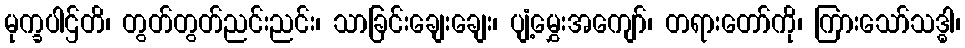
မုက္ခပါဌ်တိ၊ တွတ်တွတ်ညင်းညင်း၊ သာခြင်းချေးချေး၊ ပျံ့မွှေးအကျော်၊ တရားတော်ကို၊ ကြားသော်သဒ္ဓါ၊